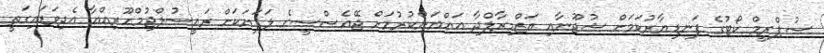
ސުޕްރީމް ކޯޓުގެ ފަނޑިޔާރުކަމަށް ޝުޖޫނާއި އަޒްމިރާލްދާ އައްޔަންކުރުމަށް ޖޭއެސްސީގެ ލަފަޔަކަށް ރައީސުލްޖުމްހޫރިއްޔާ އެދިވަޑައިގަތީ